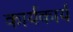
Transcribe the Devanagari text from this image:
कार्यकार्य